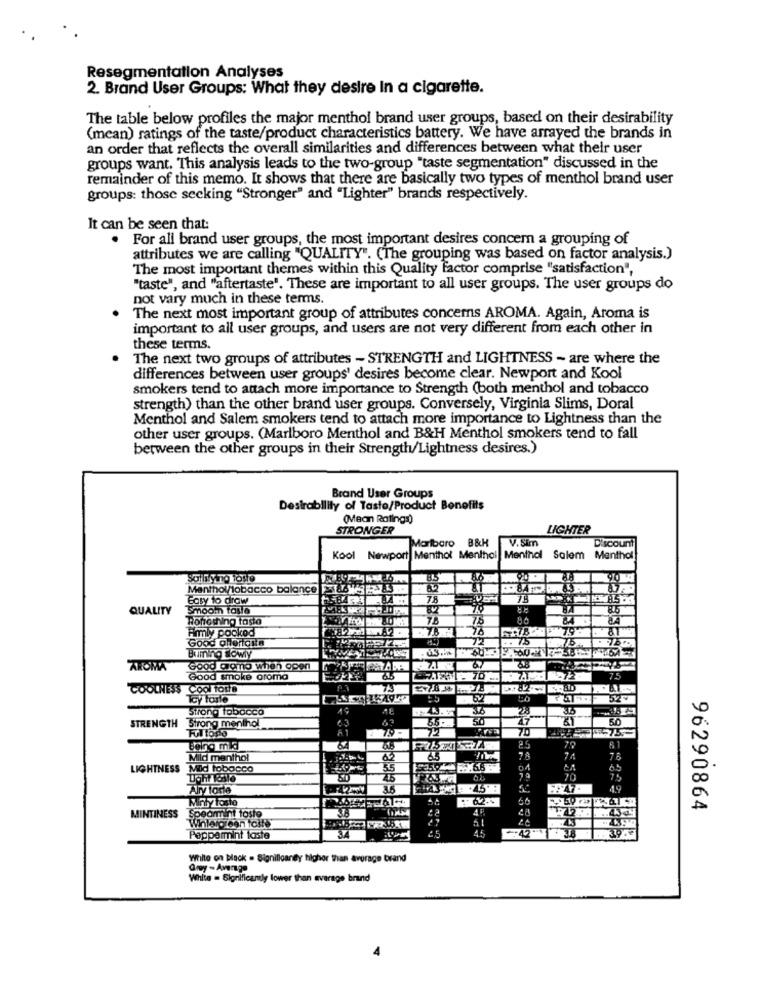
Resegmentation Analyses
2. Brand User Groups: What they desire In a cigarette.
The table below profiles the major menthol brand user groups, based on their desirability
(mean) ratings of the taste/product characteristics battery. We have arrayed the brands in
an order that reflects the overall similarities and differences between what their user
groups want. This analysis leads to the two-group "taste segmentation" discussed in the
remainder of this memo. It shows that there are basically two types of menthol brand user
groups: those seeking "Stronger" and "Lighter" brands respectively.
It can be seen that:
. For all brand user groups, the most important desires concern a grouping of
attributes we are calling "QUALITY". (The grouping was based on factor analysis.)
The most important themes within this Quality factor comprise "satisfaction",
"taste", and "aftertaste'. These are important to all user groups. The user groups do
not vary much in these terms.
The next most important group of attributes concerns AROMA. Again, Aroma is
important to all user groups, and users are not very different from each other in
these terms.
The next two groups of attributes - STRENGTH and LIGHTNESS - are where the
differences between user groups' desires become clear. Newport and Kool
smokers tend to attach more importance to Strength (both menthol and tobacco
strength) than the other brand user groups. Conversely, Virginia Slims, Doral
Menthol and Salem smokers tend to attach more importance to Lightness than the
other user groups. (Marlboro Menthol and B&H Menthol smokers tend to fall
between the other groups in their Strength/Lightness desires.)
Brand User Groups
Desirability of Tasto/Product Bonofits
(Mean Ratings)
STRONGER
LICHTER
Marlboro B&H
V.Sim
Discount
Kool Newport Menthol Menthol Menthol Salem Menthal
Salem
Menthol
Solli ying tose
8.5
90
Menthol/tobacco balance 8 2375
Easy to draw
7.8
QUALITY
Smoom tasta
Ronothing tasto
7B
7.5
80
Firmly pookod
73
Good olforforta
72
-. 75
Buming Sowy
AROMA
Good arono when open
37
33
Good smoke oroma
7.5
COOLNESS Cool foste
Toy torle
Strong tobacco
STRENGTH
Strong menthol
27
5.0
Frl toria
70
Bang mid
81
Mild menthol
74
78
LIGHTNESS
Mid tobacco
55
20
Ary forte
142my
35
5
Minty foste
MINTINESS
Spearmint foste
.. 434
96290864
Wintergreen tott
34
4238
30.0
Peppermint taste
White on black = Significantly higher than average brand
@ry - Average
White = Significantly lower than average brand